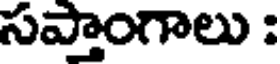
సప్తాంగాలు :